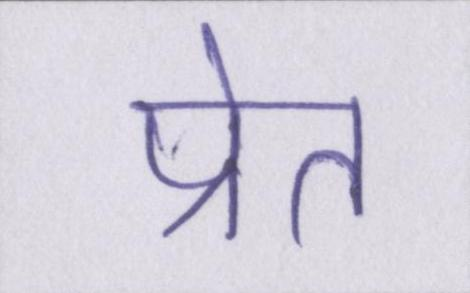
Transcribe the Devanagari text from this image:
प्रेत